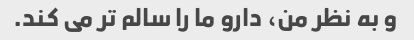
و به نظر من، دارو ما را سالم تر می کند.